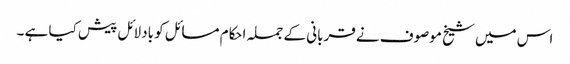
اس میں شیخ موصوف نے قربانی کے جملہ احکام مسائل کو بادلائل پیش کیا ہے ۔